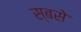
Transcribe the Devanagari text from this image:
स्बसे